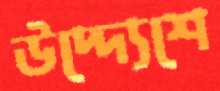
উদ্দ্যেশে